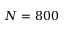
N = 8 0 0